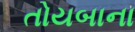
તોયબાના